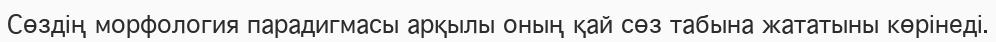
Сөздің морфология парадигмасы арқылы оның қай сөз табына жататыны көрінеді.